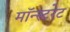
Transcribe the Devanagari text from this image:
मॉन्स्टरेट